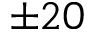
\pm 2 0